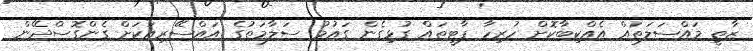
ޒާތީ މައްސަލަތައް އެއްކިބާކޮށް ހުރިހާ ޕާޓީތައް ގުޅިގެން ގައުމު ސަލާމަތުގެ އައްސޭރިއަކަށް ގެންގޮސްދޭން